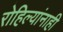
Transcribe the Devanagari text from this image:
रोहिल्यांनाही